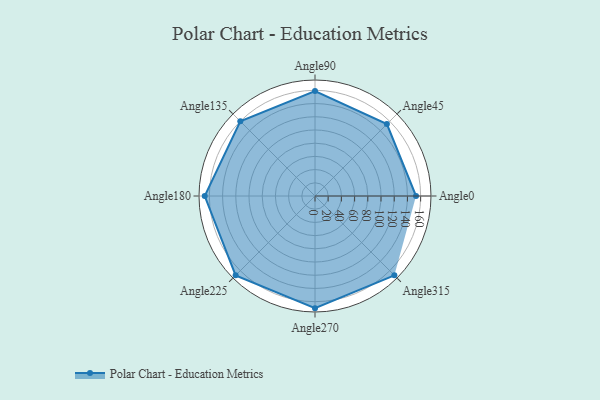
{"axis": {"x": "Angle", "y": "Radius"}, "legend": [""], "data": [{"x": "Angle0", "y": 153.0, "type": ""}, {"x": "Angle45", "y": 154.0, "type": ""}, {"x": "Angle90", "y": 159.0, "type": ""}, {"x": "Angle135", "y": 160.0, "type": ""}, {"x": "Angle180", "y": 167.0, "type": ""}, {"x": "Angle225", "y": 170, "type": ""}, {"x": "Angle270", "y": 170, "type": ""}, {"x": "Angle315", "y": 170, "type": ""}]}